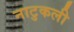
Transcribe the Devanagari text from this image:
नाटुकली